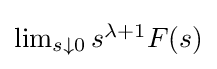
{\textstyle \lim _{s\downarrow 0}{s^{\lambda +1}F(s)}}